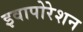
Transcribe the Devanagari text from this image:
इवापोरेशन